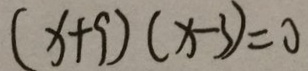
( x + 9 ) ( x - 3 ) = 0